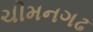
ચીમનગઢ